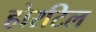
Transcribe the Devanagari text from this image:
होरटिल